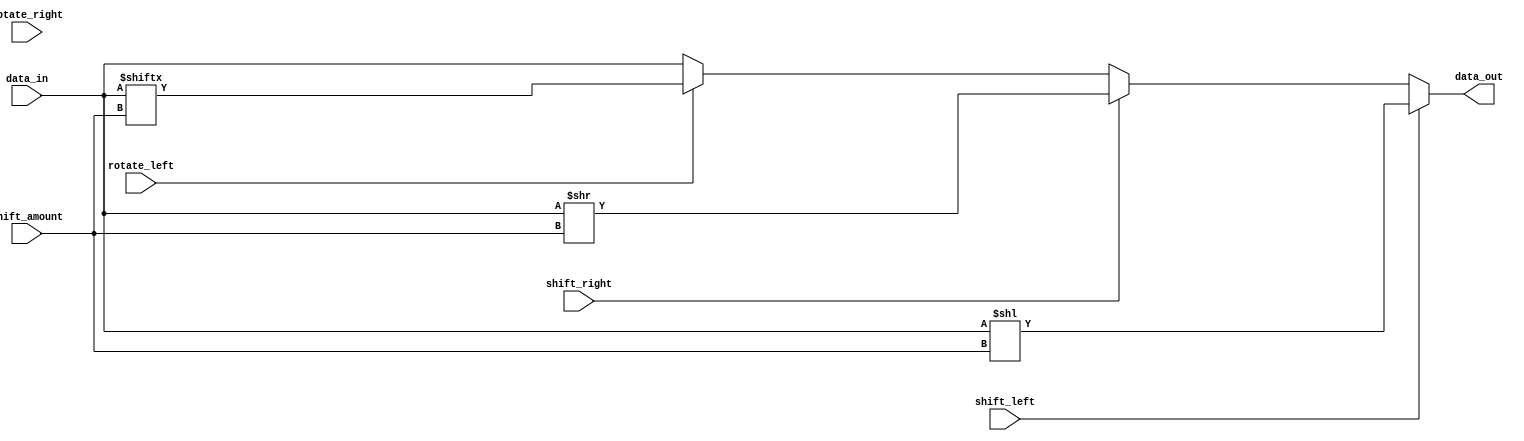
module Circular_Barrel_Shifter (
    input wire [7:0] data_in, // input data to be shifted
    input wire [2:0] shift_amount, // number of positions to shift
    input wire shift_left, // signal to shift data left
    input wire shift_right, // signal to shift data right
    input wire rotate_left, // signal to rotate data left
    input wire rotate_right, // signal to rotate data right
    output reg [7:0] data_out // output shifted data
);

always @ (*) begin
    if (shift_left) begin
        data_out <= data_in << shift_amount;
    end else if (shift_right) begin
        data_out <= data_in >> shift_amount;
    end else if (rotate_left) begin
        data_out <= {data_in[shift_amount-1:0], data_in[7:shift_amount]};
    end else if (rotate_right) begin
        data_out <= {data_in[7-shift_amount:7], data_in[7-shift_amount-1:0]};
    end else begin
        data_out <= data_in; // default behavior if no shift operation is selected
    end
end

endmodule